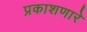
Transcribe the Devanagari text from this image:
प्रकाशणारे